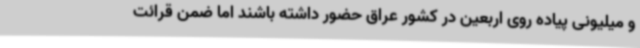
و میلیونی پیاده روی اربعین در کشور عراق حضور داشته باشند اما ضمن قرائت